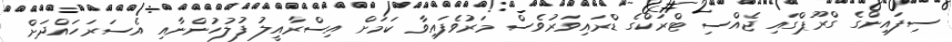
ސިފައިންގެ ގްރޫޕްގައި ޖެއްސި ޓްރަކްގެ ޑްރައިވަރުވެސް މަރުވެފައިވާ ކަމަށް އިސްރާއީލު ފުލުހުންނާއި އެސަރަހައްދަށް